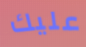
عليك